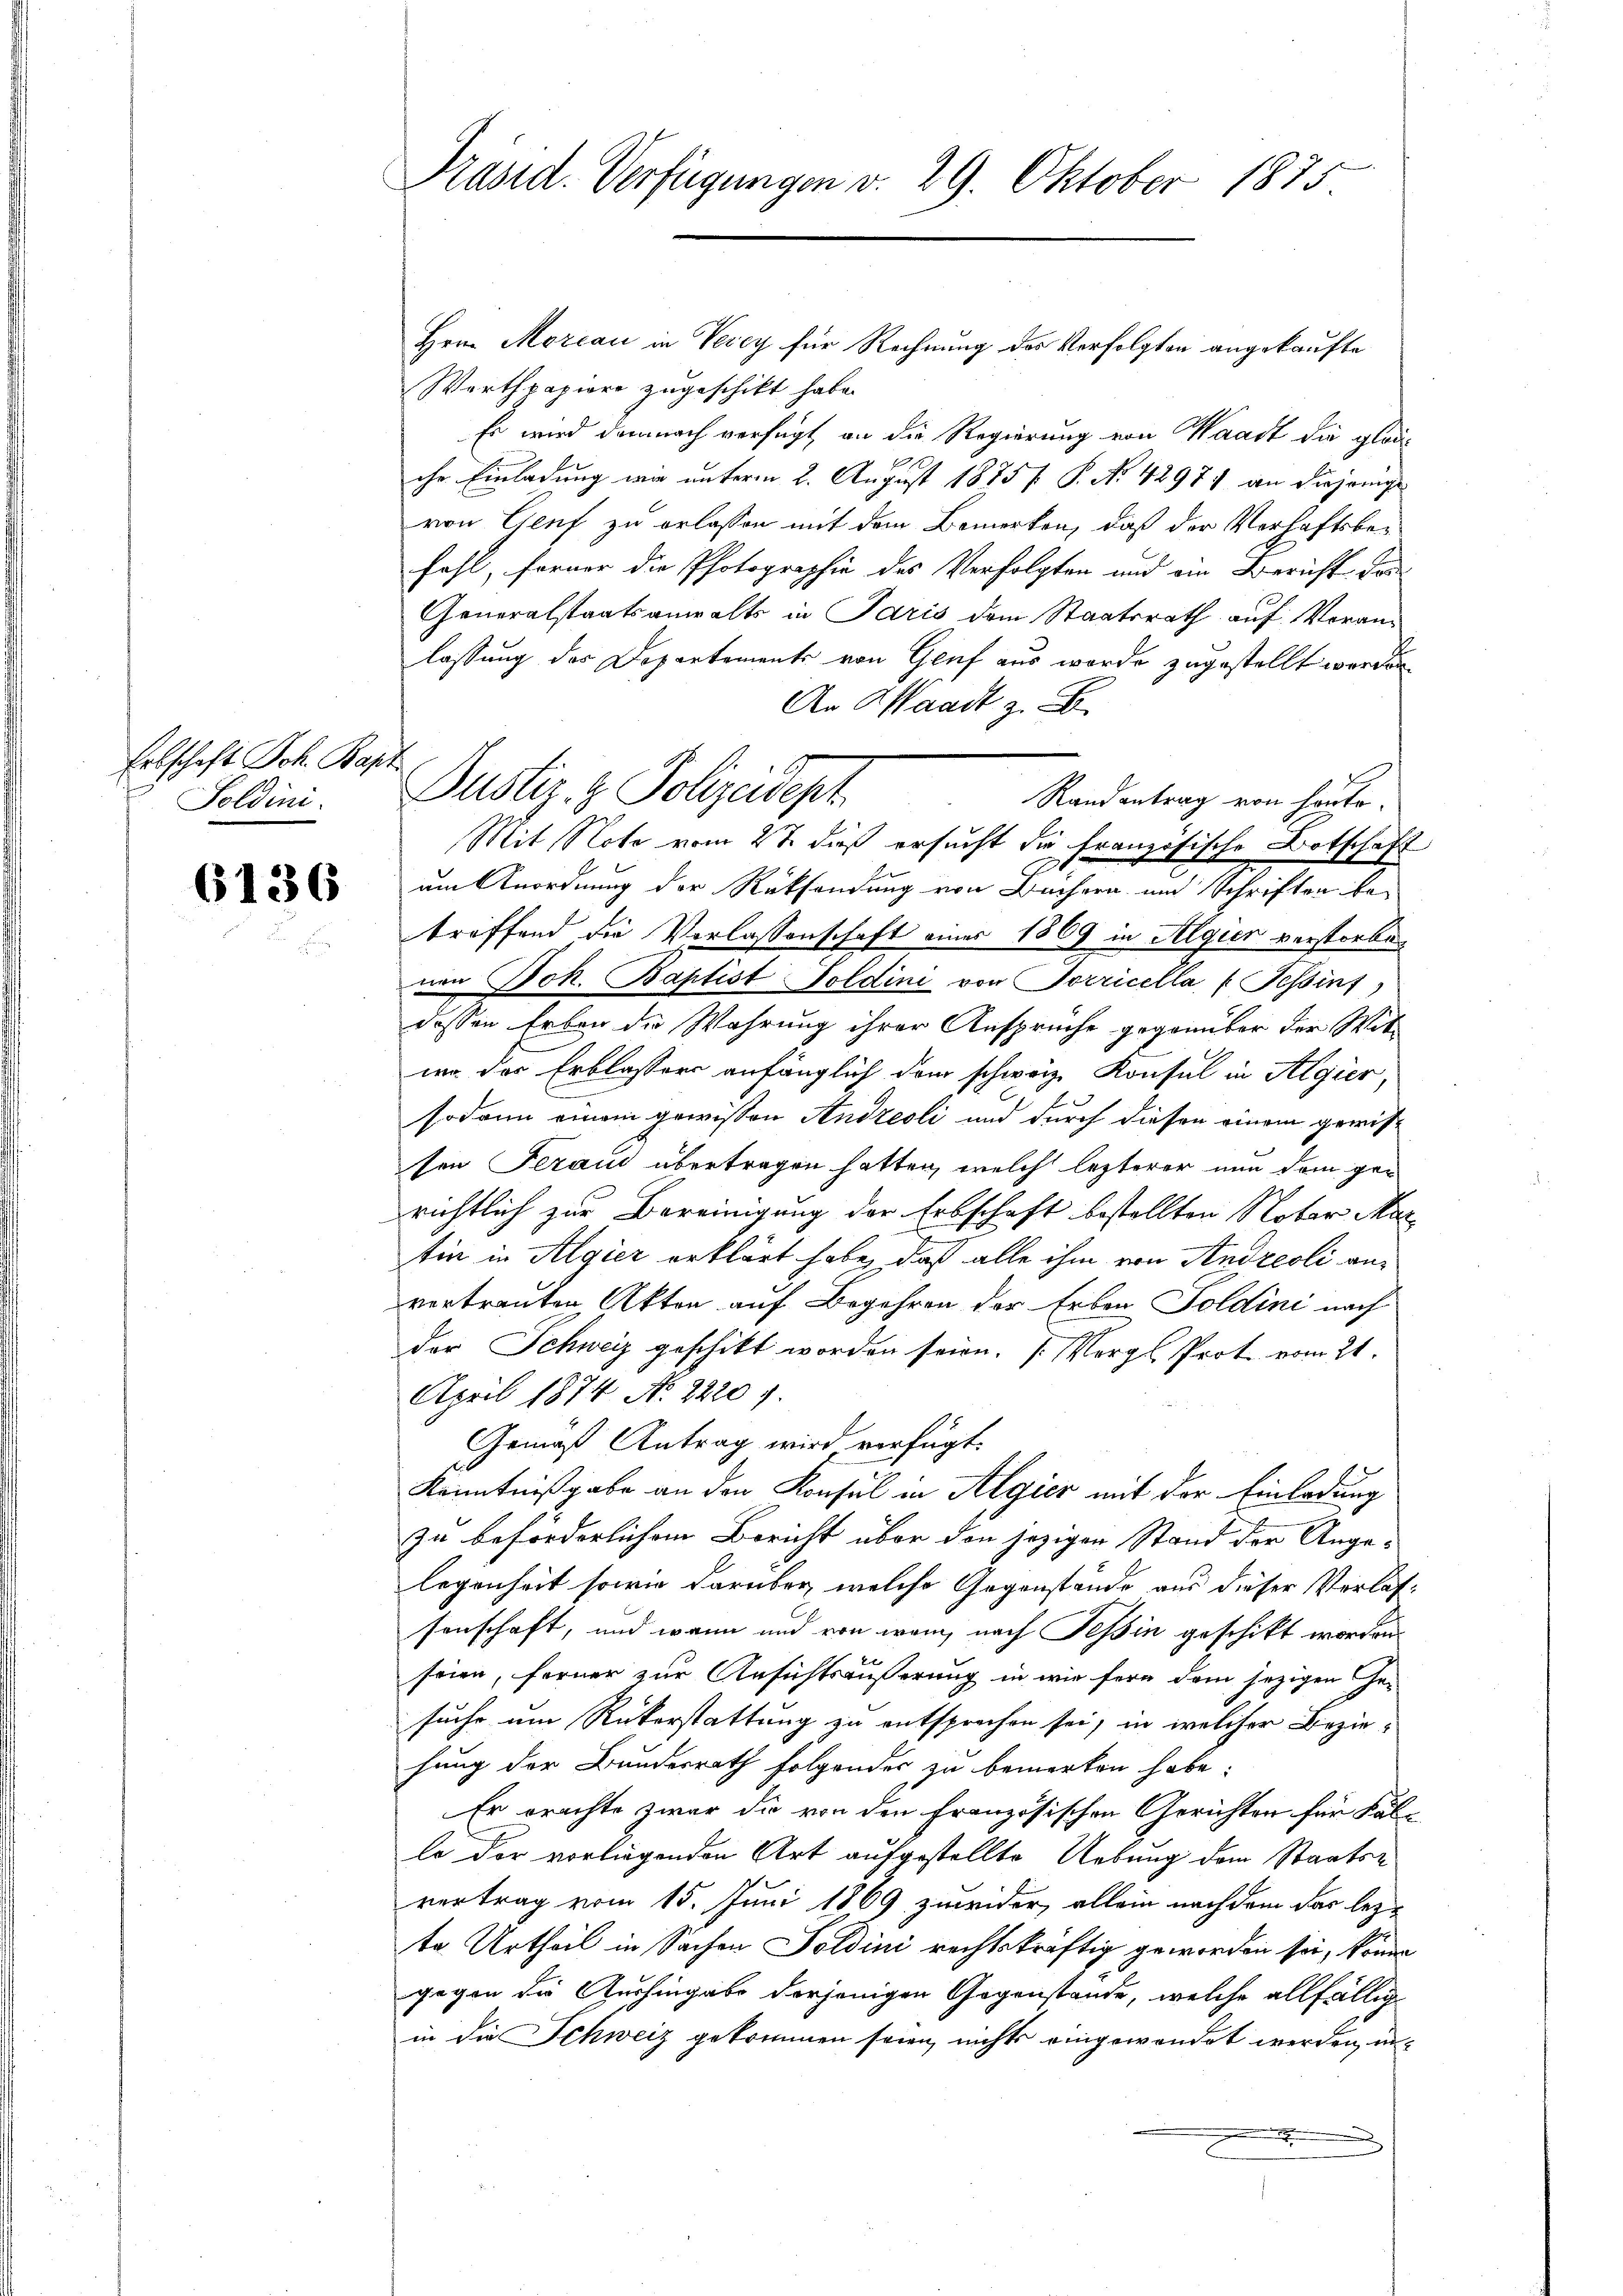
Erbschaft Joh. Bapt
Soldin

6136

Präsid. Verfügungen v. 29. Oktober 1875

Hrn. Morcau in Verey für Rechnung des Verfolgten angekaufte
Werthpapiere zugeschikt habe.
Es wird demnach verfügt, an die Regierung von Waadt die glauche Einladung wir unterm 2. August 1875 f. P. No 42971 an diejenige
von Genf zu erlassen mit dem Bemerken, daß der Verhaftsbefahl, ferner die Photographie des Verfolgten und ein Bericht das
Generalstaatsanwalts in Paris dem Staatsrath auf Voranlassung des Departements von Gruf aus wurde zugestellt worden.
An Waadt z. B.
Randantrag von heute.
Mit Note vom 27. dieß ersucht die Französische Botschaft
um Anordnung der Rücksendung von Büchern und Schriften be-
treffend die Verlassenschaft eines 1869 in Algier verstorben
nen Joh. Baptist Soldini von Sorricella (Tessint,
dessen Erben der Wahrung ihrer Ansprüche gegenüber der Wit
wo der Erblassers anfänglich dem schweiz. Konsul in Algier,
sodann einem gewissen Andreoli und durch diesen einem gewissen Seraus übertragen hatten, welch lezterer nun dem gerichtlich zur Bereinigung der Erbschaft bestellten Nober Mar
tin in Algier erklärt habe, daß alle ihm von Andreoli anvertrauten Akten auf Begehren der Erben Toldini nach
der Schweiz geschikt worden seien. J. Vergl. Prot. vom 21.
April 1874. No. 2220 f.
Gemäß Antrag wird verfügt:
Kenntnißgabe an den Konsul in Algier mit der Einladung
zu beförderlichem Bericht über den jezigen Stand der Angelegenheit sowie darüber, welche Gegenstände aus dieser Verlassenschaft, und wann und von wenn nach Tessin geschikt worden
seien, ferner zur Ansichtsäußerung in wir fern dem jezigen Gesuche um Rükerstattung zu entsprechen sei, in welcher Beziefung der Bundesrath folgendes zu bemerken habe.
Er erachte zwar die von den französischen Gerichten für Fälle der vorliegenden Art aufgestellte Uebung dem Staatsvertrag vom 15. Juni 1869 zweider, allein nach dem das lez
te Urtheil in Sachen Soldini rechtskräftig geworden sei, können
gegen die Aushingabe derjenigen Gegenstände, welche allfällig
in die Schweiz gekommen seien, nichts eingewendet werden, inx

Justiz- & Polizeidept